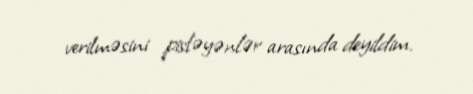
verilməsini pisləyənlər arasında deyildim.